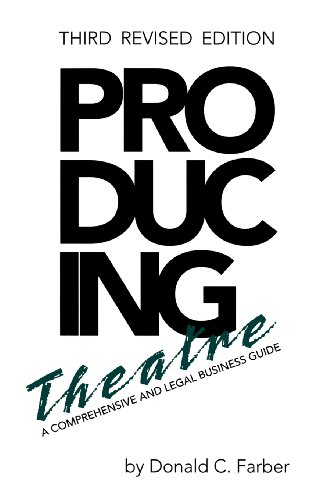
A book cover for Producing Theatre :  A Comprehensive and Legal Business Guide; Donald C. Farber; Business & Money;